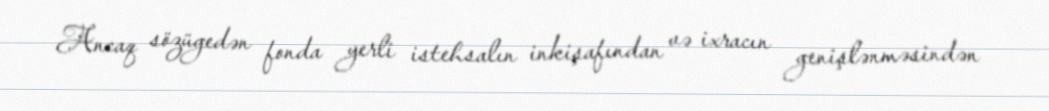
Ancaq sözügedən fonda yerli istehsalın inkişafından və ixracın genişlənməsindən